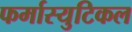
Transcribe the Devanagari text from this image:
फर्मास्युटिकल